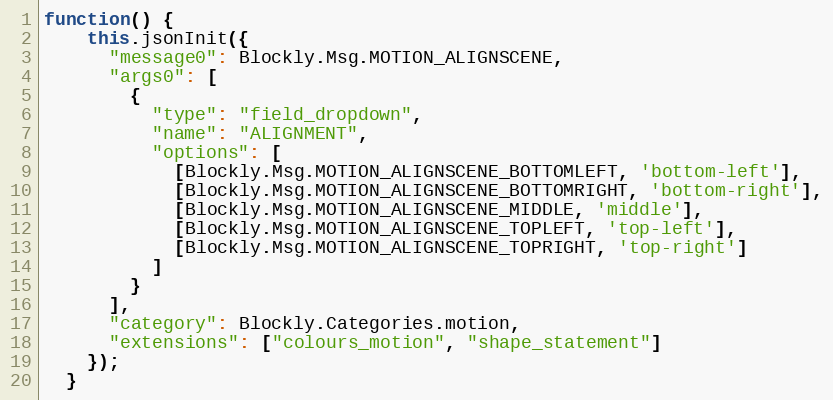
Language: JavaScript
function() {
    this.jsonInit({
      "message0": Blockly.Msg.MOTION_ALIGNSCENE,
      "args0": [
        {
          "type": "field_dropdown",
          "name": "ALIGNMENT",
          "options": [
            [Blockly.Msg.MOTION_ALIGNSCENE_BOTTOMLEFT, 'bottom-left'],
            [Blockly.Msg.MOTION_ALIGNSCENE_BOTTOMRIGHT, 'bottom-right'],
            [Blockly.Msg.MOTION_ALIGNSCENE_MIDDLE, 'middle'],
            [Blockly.Msg.MOTION_ALIGNSCENE_TOPLEFT, 'top-left'],
            [Blockly.Msg.MOTION_ALIGNSCENE_TOPRIGHT, 'top-right']
          ]
        }
      ],
      "category": Blockly.Categories.motion,
      "extensions": ["colours_motion", "shape_statement"]
    });
  }